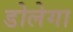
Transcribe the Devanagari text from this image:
डोलेगा